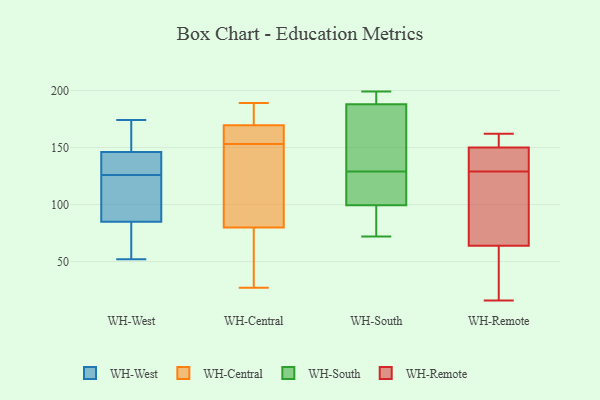
{"axis": {"x": "Humidity (%)", "y": "Value"}, "legend": ["WH-Central", "WH-Remote", "WH-South", "WH-West"], "data": [{"x": "", "y": 134, "type": "WH-West"}, {"x": "", "y": 78, "type": "WH-West"}, {"x": "", "y": 70, "type": "WH-West"}, {"x": "", "y": 136, "type": "WH-West"}, {"x": "", "y": 95, "type": "WH-West"}, {"x": "", "y": 150, "type": "WH-West"}, {"x": "", "y": 174, "type": "WH-West"}, {"x": "", "y": 142, "type": "WH-West"}, {"x": "", "y": 118, "type": "WH-West"}, {"x": "", "y": 52, "type": "WH-West"}, {"x": "", "y": 154, "type": "WH-West"}, {"x": "", "y": 92, "type": "WH-West"}, {"x": "", "y": 27, "type": "WH-Central"}, {"x": "", "y": 169, "type": "WH-Central"}, {"x": "", "y": 90, "type": "WH-Central"}, {"x": "", "y": 184, "type": "WH-Central"}, {"x": "", "y": 140, "type": "WH-Central"}, {"x": "", "y": 153, "type": "WH-Central"}, {"x": "", "y": 122, "type": "WH-Central"}, {"x": "", "y": 155, "type": "WH-Central"}, {"x": "", "y": 189, "type": "WH-Central"}, {"x": "", "y": 164, "type": "WH-Central"}, {"x": "", "y": 33, "type": "WH-Central"}, {"x": "", "y": 50, "type": "WH-Central"}, {"x": "", "y": 171, "type": "WH-Central"}, {"x": "", "y": 170, "type": "WH-South"}, {"x": "", "y": 101, "type": "WH-South"}, {"x": "", "y": 93, "type": "WH-South"}, {"x": "", "y": 191, "type": "WH-South"}, {"x": "", "y": 185, "type": "WH-South"}, {"x": "", "y": 199, "type": "WH-South"}, {"x": "", "y": 83, "type": "WH-South"}, {"x": "", "y": 99, "type": "WH-South"}, {"x": "", "y": 122, "type": "WH-South"}, {"x": "", "y": 129, "type": "WH-South"}, {"x": "", "y": 125, "type": "WH-South"}, {"x": "", "y": 189, "type": "WH-South"}, {"x": "", "y": 135, "type": "WH-South"}, {"x": "", "y": 195, "type": "WH-South"}, {"x": "", "y": 72, "type": "WH-South"}, {"x": "", "y": 150, "type": "WH-Remote"}, {"x": "", "y": 157, "type": "WH-Remote"}, {"x": "", "y": 16, "type": "WH-Remote"}, {"x": "", "y": 84, "type": "WH-Remote"}, {"x": "", "y": 64, "type": "WH-Remote"}, {"x": "", "y": 162, "type": "WH-Remote"}, {"x": "", "y": 128, "type": "WH-Remote"}, {"x": "", "y": 36, "type": "WH-Remote"}, {"x": "", "y": 130, "type": "WH-Remote"}, {"x": "", "y": 46, "type": "WH-Remote"}, {"x": "", "y": 136, "type": "WH-Remote"}, {"x": "", "y": 153, "type": "WH-Remote"}, {"x": "", "y": 101, "type": "WH-Remote"}, {"x": "", "y": 130, "type": "WH-Remote"}]}